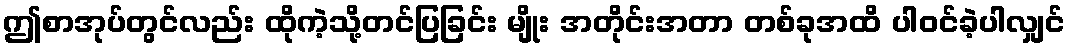
ဤစာအုပ်တွင်လည်း ထိုကဲ့သို့တင်ပြခြင်း မျိုး အတိုင်းအတာ တစ်ခုအထိ ပါဝင်ခဲ့ပါလျှင်